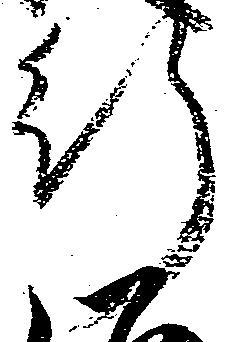
行